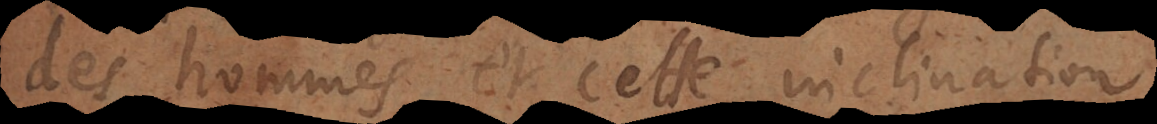
des hommes, et cette inclination